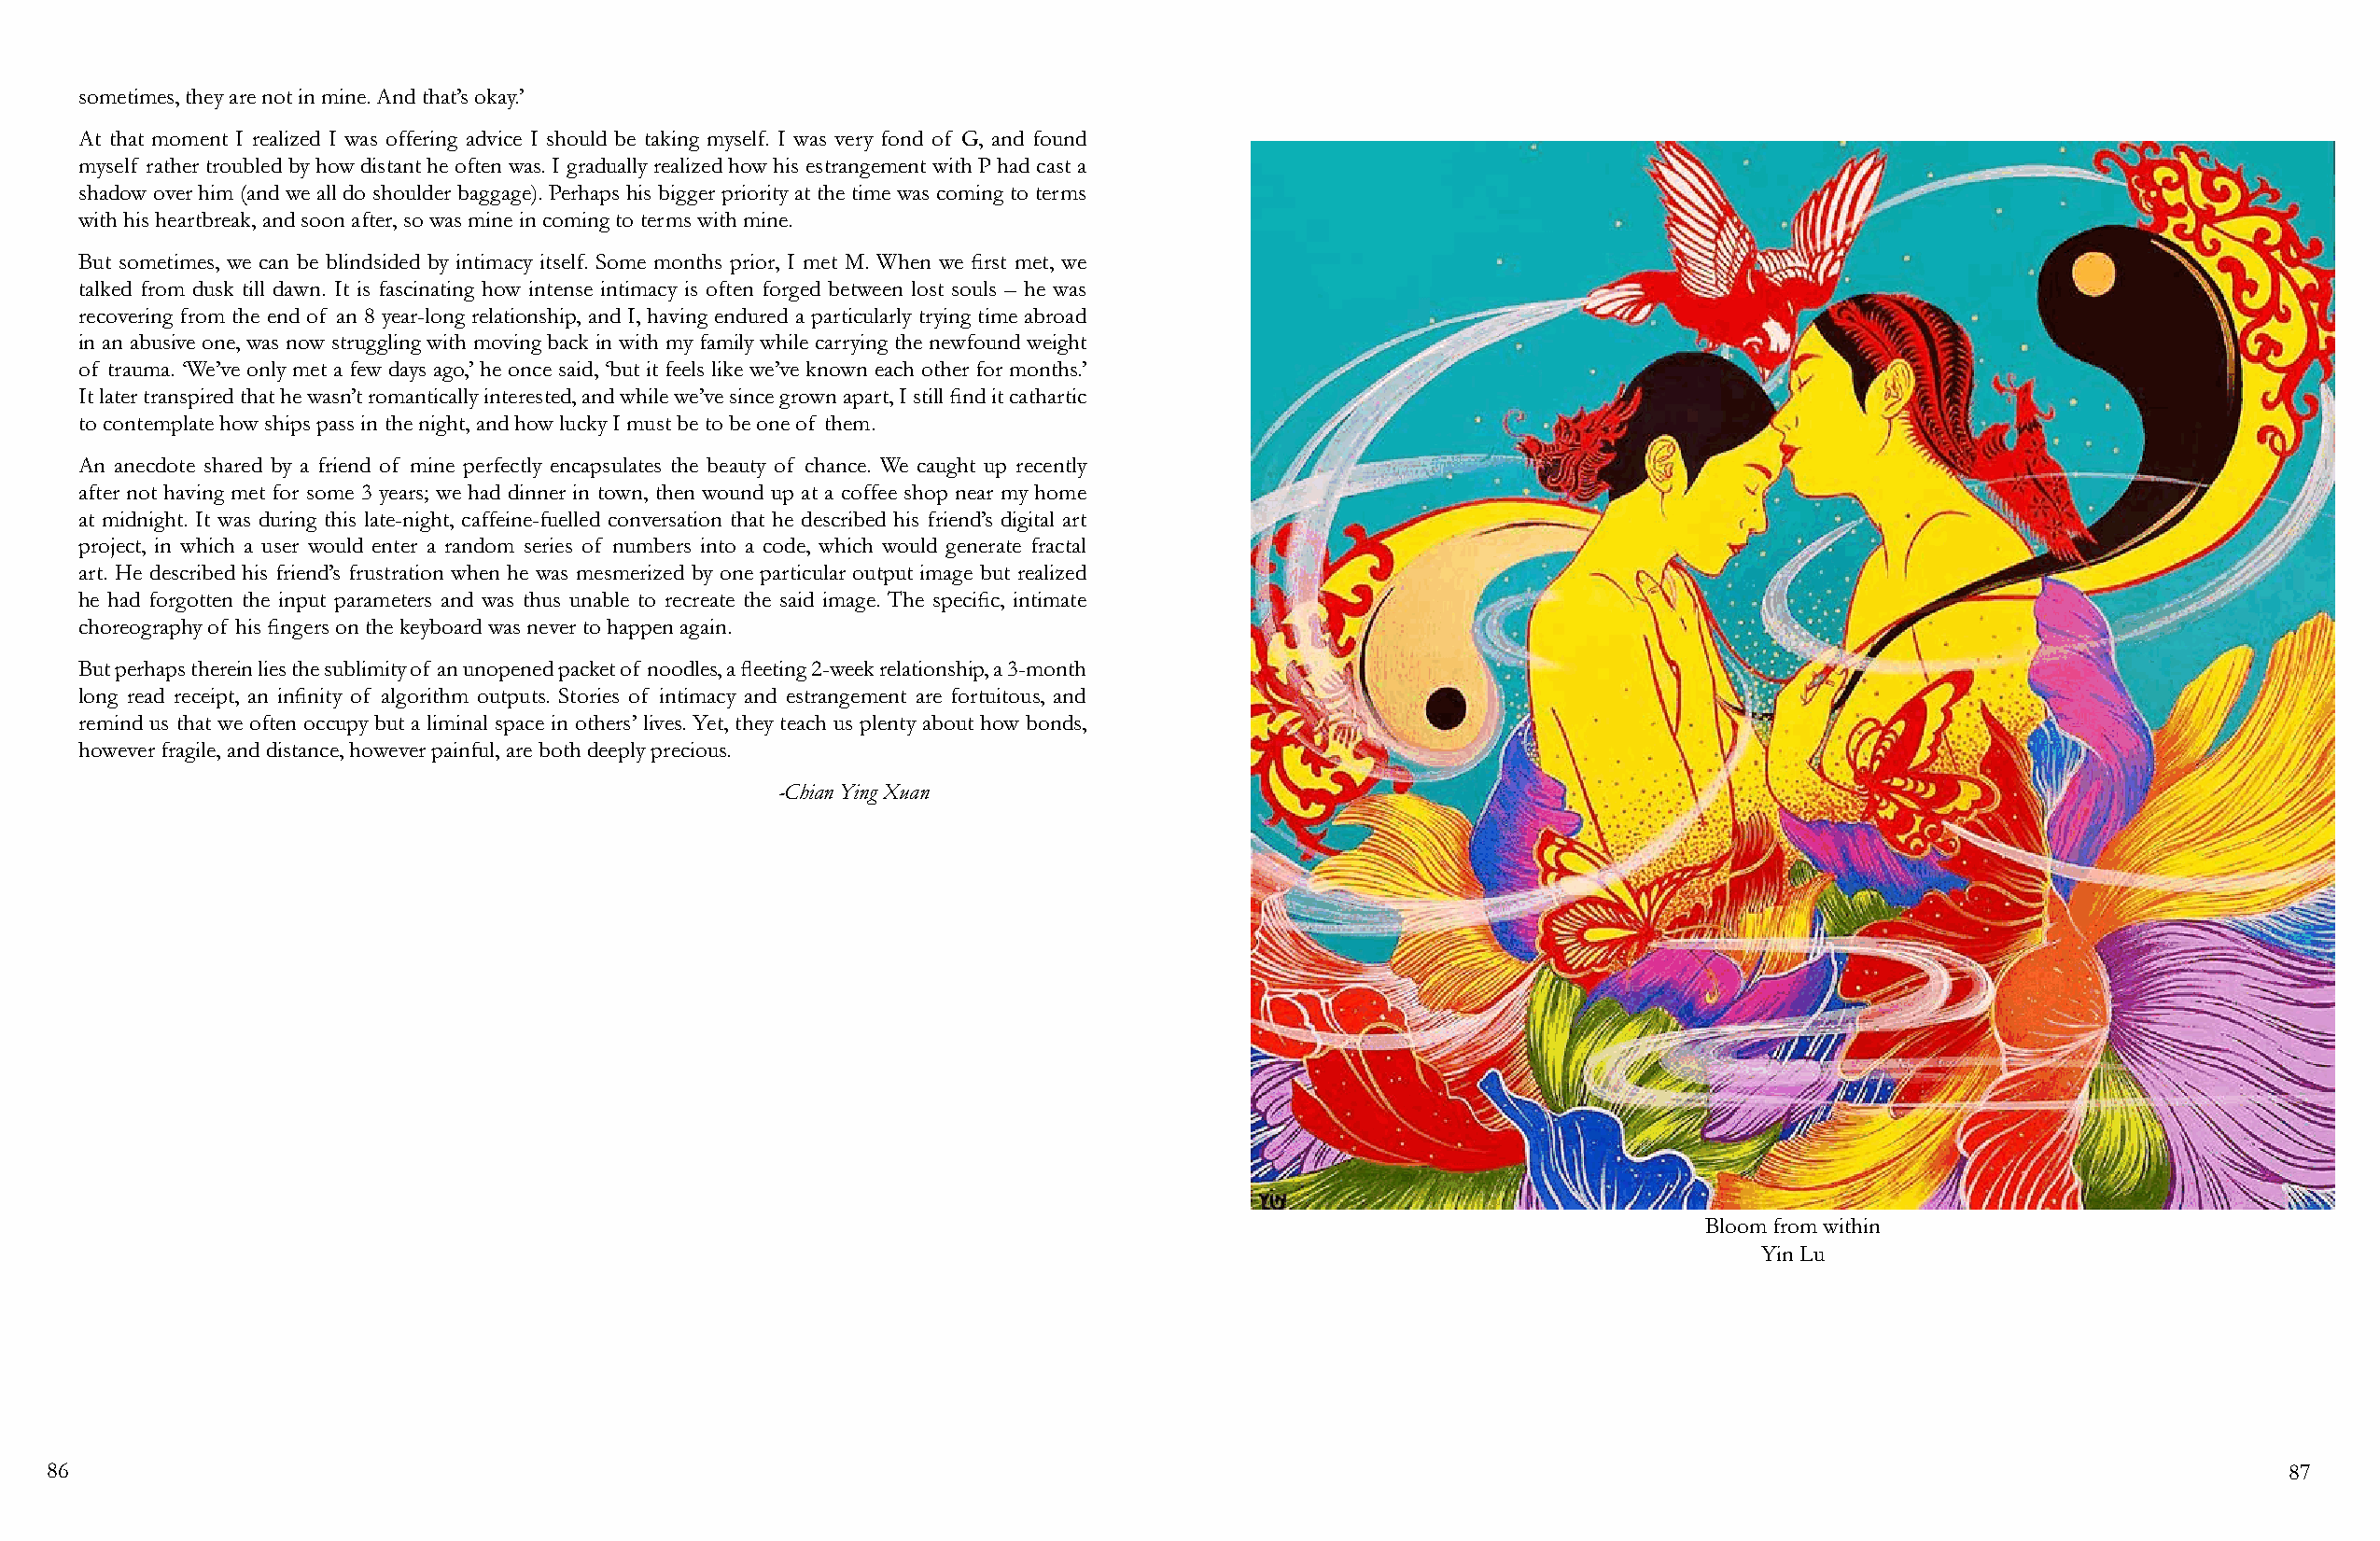
sometimes, they are not in mine. And that’s okay.’
 At that moment I realized I was offering advice I should be taking myself. I was very fond of G, and found
 myself rather troubled by how distant he often was. I gradually realized how his estrangement with P had cast a
 shadow over him (and we all do shoulder baggage). Perhaps his bigger priority at the time was coming to terms
 with his heartbreak, and soon after, so was mine in coming to terms with mine.
 But sometimes, we can be blindsided by intimacy itself. Some months prior, I met M. When we first met, we
 talked from dusk till dawn. It is fascinating how intense intimacy is often forged between lost souls – he was
 recovering from the end of an 8 year-long relationship, and I, having endured a particularly trying time abroad
 in an abusive one, was now struggling with moving back in with my family while carrying the newfound weight
 of trauma. ‘We’ve only met a few days ago,’ he once said, ‘but it feels like we’ve known each other for months.’
 It later transpired that he wasn’t romantically interested, and while we’ve since grown apart, I still find it cathartic
 to contemplate how ships pass in the night, and how lucky I must be to be one of them.
 An anecdote shared by a friend of mine perfectly encapsulates the beauty of chance. We caught up recently
 after not having met for some 3 years; we had dinner in town, then wound up at a coffee shop near my home
 at midnight. It was during this late-night, caffeine-fuelled conversation that he described his friend’s digital art
 project, in which a user would enter a random series of numbers into a code, which would generate fractal
 art. He described his friend’s frustration when he was mesmerized by one particular output image but realized
 he had forgotten the input parameters and was thus unable to recreate the said image. The specific, intimate
 choreography of his fingers on the keyboard was never to happen again.
 But perhaps therein lies the sublimity of an unopened packet of noodles, a fleeting 2-week relationship, a 3-month
 long read receipt, an infinity of algorithm outputs. Stories of intimacy and estrangement are fortuitous, and
 remind us that we often occupy but a liminal space in others’ lives. Yet, they teach us plenty about how bonds,
 however fragile, and distance, however painful, are both deeply precious.
 -Chian Ying Xuan
 Bloom from within
 Yin Lu
 86                                                                                                                                                             87